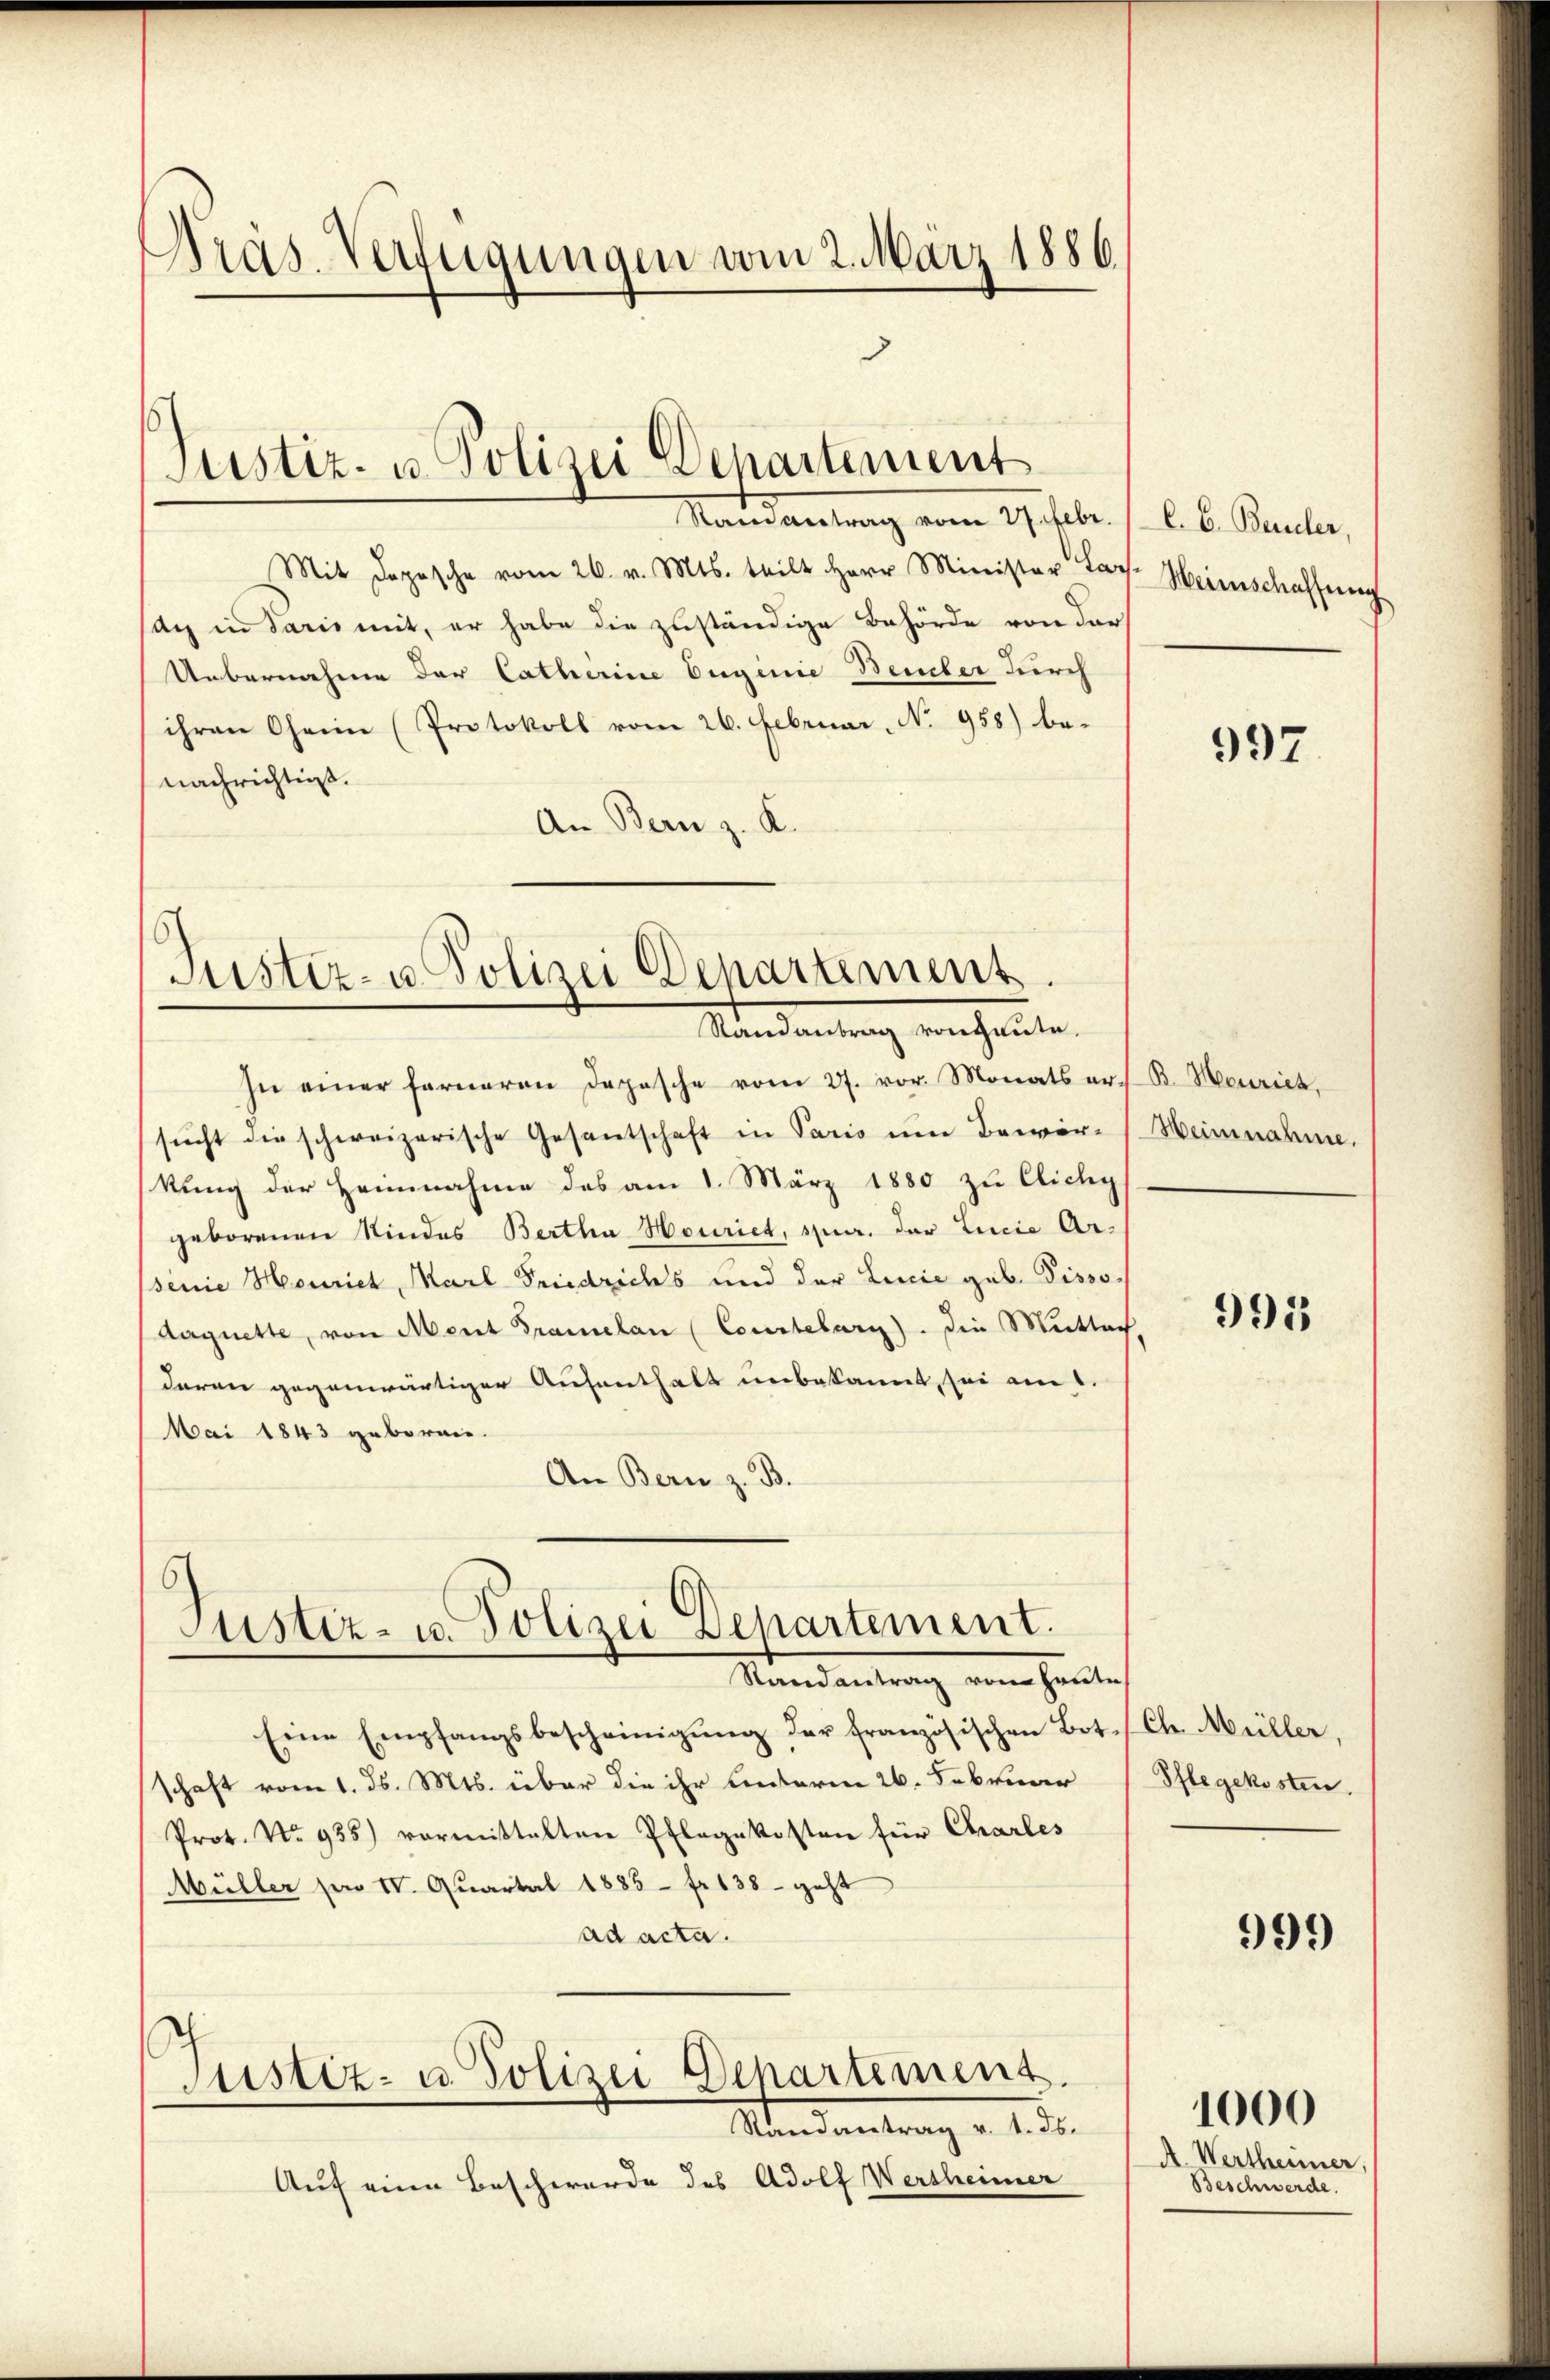
Kras-Verfügungen vom 2. März 1886.

Ramantrag vom 2. Febr. /C. C. Bauler,
Mit Dopische vom 26. v. Mts. teilt Herr Minister Lors-
dch in Paris mit, er habe die zuständige Behörde von der
Uebernahme der Catherine Euginie Beuber durch
ihren Oheim (Protokoll vom 26. Februar, No 958) be-
nachrichtigt.
An Bern z. K.

In einer ferneren Depesche vom 27. vor. Monats er. B. Meurich,
sŭcht die schweizerische Gesantschaft in Paris ŭm Bewir- Heinnahme.
kung der Heimnahme des am 1. März 1880 zu Cichy,
geborenen Kindes Bertha Houriet, spur, der Linie Arsenie Houriet, Marl Friedrichs und der Linie geb. Pissodaguette, von Ment Gramelan (Courtelary). Die Mittach,
daran gegenwärtiger Aufenthalt unbekannt, sei an
Mai 1843 geboren.
An Bern z. B.

Justiz- u. Polizei Departement

¬
Justiz- u. Polizei Departement.
Randantrag von heute.

6
Justiz- u. Polizei Departement.
Mandantrag von heiten

Eine Empfangsbescheinigung der französischen Bot. / Ch. Müller,
schaft vom 1. ds. Mts. über die ihr unterm 26. Februar
Prot. No 935) vormittalten Pflegekosten für Charles
Müller son IV. Quartal 1885 - fr 138 - geht
ad acta.
Justiz- u. Polizei Departement.
Mandantrag v. 4. d.
Auf eine Beschwerde des Adolf Versheimer

Weinschaffung

997

995

Pflegekosten.

1000

999

A. Wertheimer,
Beschwerde.